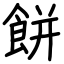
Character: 餅